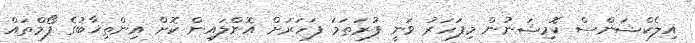
އިލެކްޝަންސް ކޮމިޝަނުން މިފަހަރު ވަނީ ފުރަތަމަ ފަހަރަށް އޮންލައިން ކޮށް އިންތިޚާބުގެ ފޯމްތައް